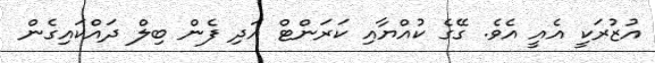
އުޒުރަކީ އެއީ އެވެ. ގޭގެ ކުއްޔާއި ކަރަންޓް އަދި ފެން ބިލް ދައްކައިގެން